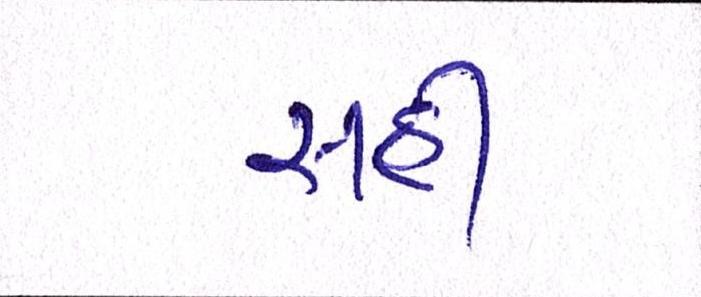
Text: સહી